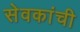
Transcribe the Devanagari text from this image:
सेवकांची